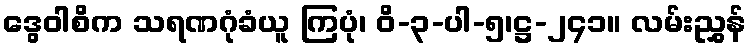
ဒွေဝါစိက သရဏဂုံခံယူ ကြပုံ၊ ဝိ-၃-ပါ-၅၊ဋ္ဌ-၂၄၁။ လမ်းညွှန်